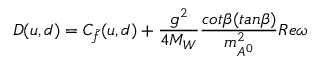
D ( u , d ) = C _ { \tilde { f } } ( u , d ) + \frac { g ^ { 2 } } { 4 M _ { W } } \frac { c o t \beta ( t a n \beta ) } { m _ { A ^ { 0 } } ^ { 2 } } R e \omega